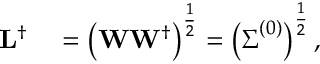
\begin{array} { r l } { \mathbf { L } ^ { \dagger } } & { { } = \left( \mathbf { W } \mathbf { W } ^ { \dagger } \right) ^ { \frac { 1 } { 2 } } = \left( \boldsymbol { \Sigma } ^ { ( 0 ) } \right) ^ { \frac { 1 } { 2 } } , } \end{array}